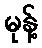
မုန့်